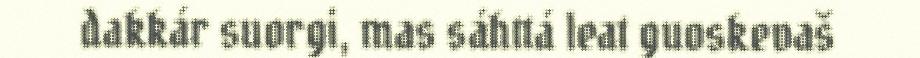
dakkár suorgi, mas sáhttá leat guoskevaš